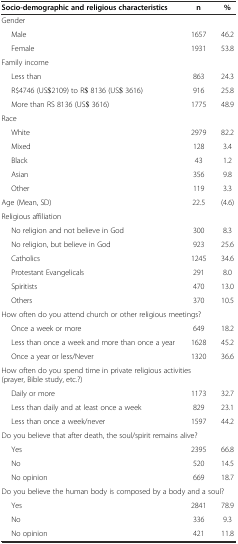
| Socio-demographic and religious characteristics | n | % |
 | --- | --- | --- |
 | <COLSPAN=3> Gender |
 | Male | 1657 | 46.2 |
 | Female | 1931 | 53.8 |
 | <COLSPAN=3> Family income |
 | Less than | 863 | 24.3 |
 | R$4746 (US$2109) to R$ 8136 (US$ 3616) | 916 | 25.8 |
 | More than RS 8136 (US$ 3616) | 1775 | 48.9 |
 | <COLSPAN=3> Race |
 | White | 2979 | 82.2 |
 | Mixed | 128 | 3.4 |
 | Black | 43 | 1.2 |
 | Asian | 356 | 9.8 |
 | Other | 119 | 3.3 |
 | Age (Mean, SD) | 22.5 | (4.6) |
 | <COLSPAN=3> Religious affiliation |
 | No religion and not believe in God | 300 | 8.3 |
 | No religion, but believe in God | 923 | 25.6 |
 | Catholics | 1245 | 34.6 |
 | Protestant Evangelicals | 291 | 8.0 |
 | Spiritists | 470 | 13.0 |
 | Others | 370 | 10.5 |
 | <COLSPAN=3> How often do you attend church or other religious meetings? |
 | Once a week or more | 649 | 18.2 |
 | Less than once a week and more than once a year | 1628 | 45.2 |
 | Once a year or less/Never | 1320 | 36.6 |
 | <COLSPAN=3> How often do you spend time in private religious activities (prayer, Bible study, etc.?) |
 | Daily or more | 1173 | 32.7 |
 | Less than daily and at least once a week | 829 | 23.1 |
 | Less than once a week/never | 1597 | 44.2 |
 | <COLSPAN=3> Do you believe that after death, the soul/spirit remains alive? |
 | Yes | 2395 | 66.8 |
 | No | 520 | 14.5 |
 | No opinion | 669 | 18.7 |
 | <COLSPAN=3> Do you believe the human body is composed by a body and a soul? |
 | Yes | 2841 | 78.9 |
 | No | 336 | 9.3 |
 | No opinion | 421 | 11.8 |